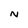
Character: N